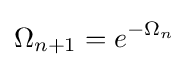
\Omega _{n+1}=e^{-\Omega _{n}}